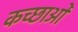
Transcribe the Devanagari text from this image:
कच्छाओं